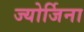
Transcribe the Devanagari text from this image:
ज्योर्जिना